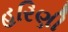
હરિણી